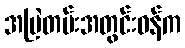
အမြဲတမ်းအတွင်းဝန်က